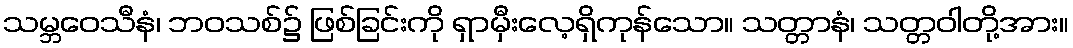
သမ္ဘဝေသီနံ၊ ဘဝသစ်၌ ဖြစ်ခြင်းကို ရှာမှီးလေ့ရှိကုန်သော။ သတ္တာနံ၊ သတ္တဝါတို့အား။